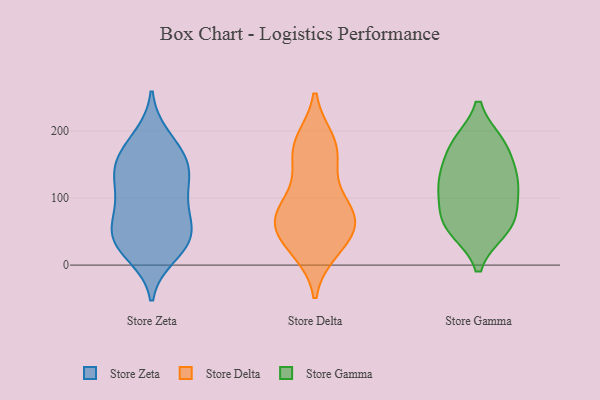
{"axis": {"x": "Satisfaction Score", "y": "Value"}, "legend": ["Store Delta", "Store Gamma", "Store Zeta"], "data": [{"x": "", "y": 112, "type": "Store Zeta"}, {"x": "", "y": 42, "type": "Store Zeta"}, {"x": "", "y": 82, "type": "Store Zeta"}, {"x": "", "y": 92, "type": "Store Zeta"}, {"x": "", "y": 141, "type": "Store Zeta"}, {"x": "", "y": 160, "type": "Store Zeta"}, {"x": "", "y": 47, "type": "Store Zeta"}, {"x": "", "y": 61, "type": "Store Zeta"}, {"x": "", "y": 185, "type": "Store Zeta"}, {"x": "", "y": 192, "type": "Store Zeta"}, {"x": "", "y": 158, "type": "Store Zeta"}, {"x": "", "y": 49, "type": "Store Zeta"}, {"x": "", "y": 14, "type": "Store Zeta"}, {"x": "", "y": 19, "type": "Store Zeta"}, {"x": "", "y": 42, "type": "Store Zeta"}, {"x": "", "y": 29, "type": "Store Zeta"}, {"x": "", "y": 129, "type": "Store Zeta"}, {"x": "", "y": 140, "type": "Store Zeta"}, {"x": "", "y": 96, "type": "Store Zeta"}, {"x": "", "y": 150, "type": "Store Zeta"}, {"x": "", "y": 161, "type": "Store Delta"}, {"x": "", "y": 61, "type": "Store Delta"}, {"x": "", "y": 94, "type": "Store Delta"}, {"x": "", "y": 41, "type": "Store Delta"}, {"x": "", "y": 135, "type": "Store Delta"}, {"x": "", "y": 183, "type": "Store Delta"}, {"x": "", "y": 22, "type": "Store Delta"}, {"x": "", "y": 53, "type": "Store Delta"}, {"x": "", "y": 64, "type": "Store Delta"}, {"x": "", "y": 185, "type": "Store Delta"}, {"x": "", "y": 76, "type": "Store Delta"}, {"x": "", "y": 77, "type": "Store Delta"}, {"x": "", "y": 80, "type": "Store Delta"}, {"x": "", "y": 174, "type": "Store Delta"}, {"x": "", "y": 22, "type": "Store Delta"}, {"x": "", "y": 60, "type": "Store Gamma"}, {"x": "", "y": 127, "type": "Store Gamma"}, {"x": "", "y": 178, "type": "Store Gamma"}, {"x": "", "y": 91, "type": "Store Gamma"}, {"x": "", "y": 116, "type": "Store Gamma"}, {"x": "", "y": 132, "type": "Store Gamma"}, {"x": "", "y": 76, "type": "Store Gamma"}, {"x": "", "y": 130, "type": "Store Gamma"}, {"x": "", "y": 180, "type": "Store Gamma"}, {"x": "", "y": 53, "type": "Store Gamma"}, {"x": "", "y": 53, "type": "Store Gamma"}, {"x": "", "y": 181, "type": "Store Gamma"}]}